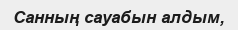
Санның сауабын алдым,